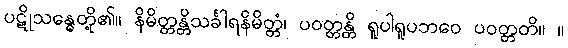
ပဋိုသန္ဓေတို့၏။ နိမိတ္တန္တိသင်္ခါရနိမိတ္တံ၊ ပဝတ္တန္တိ ရူပါရူပဘဝေ ပဝတ္တတိ။ ။